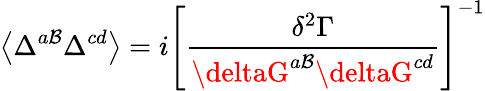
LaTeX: \left\langle\Delta^{a\mathcal{B}}\Delta^{cd}\right\rangle=i\left[\frac{{\delta^{2}\Gamma}}{{\deltaG^{a\mathcal{B}}\deltaG^{cd}}}\right]^{-1}